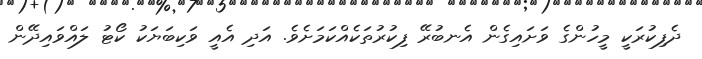
ދެފިކުރަކީ މީހުންގެ ވަށައިގެން އެނބުރޭ ފިކުރުތަކެއްކަމަށެވެ. އަދި އެއީ ވަކިބަޔަކު ކޯޓު ލައްވައިދޭން